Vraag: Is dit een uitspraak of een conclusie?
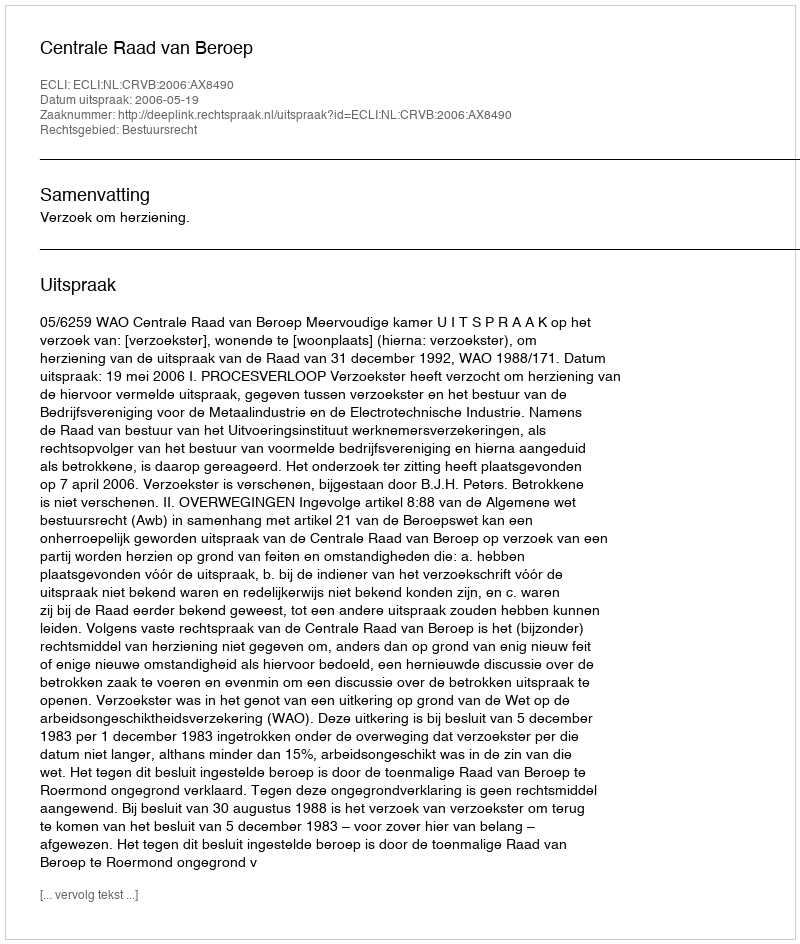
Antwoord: Uitspraak